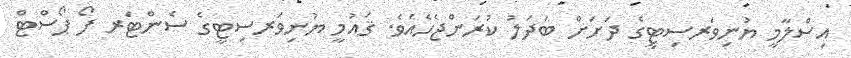
އިސްލާމީ ޔުނިވަރސިޓީގެ ދަށަށް ބަދަލު ކުރަންޖެހެއެވެ. ޤައުމީ ޔުނިވަރސިޓީގެ ސެންޓަރ ފޯ ޕޯސްޓް